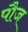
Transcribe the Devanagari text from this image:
पौज